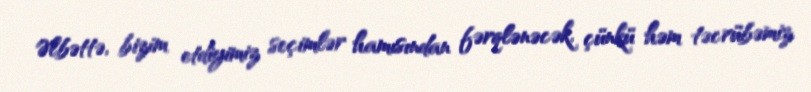
Əlbəttə, bizim etdiyimiz seçimlər hamısından fərqlənəcək, çünkü həm təcrübəmiz